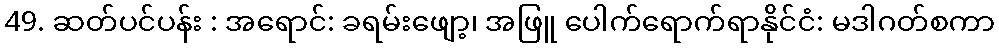
49. ဆတ်ပင်ပန်း : အရောင်: ခရမ်းဖျော့၊ အဖြူ ပေါက်ရောက်ရာနိုင်ငံ: မဒါဂတ်စကာ